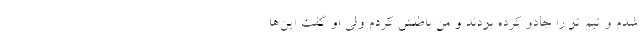
شدم و تیم تو را جادو کرده بودند و من باطلش کردم ولی او گفت این‌ها